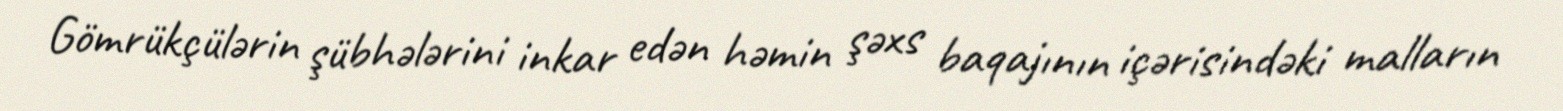
Gömrükçülərin şübhələrini inkar edən həmin şəxs baqajının içərisindəki malların